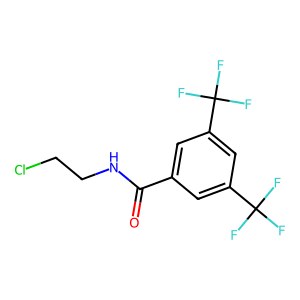
SMILES: O=C(NCCCl)c1cc(C(F)(F)F)cc(C(F)(F)F)c1
Inhibits HIV replication: No